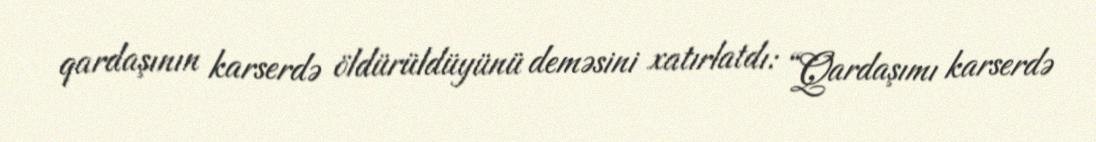
qardaşının karserdə öldürüldüyünü deməsini xatırlatdı: “Qardaşımı karserdə